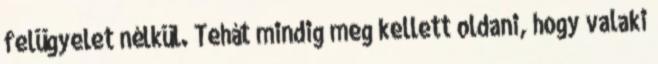
felügyelet nélkül. Tehát mindig meg kellett oldani, hogy valaki